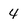
Character: 4